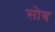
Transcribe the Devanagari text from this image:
सोब